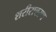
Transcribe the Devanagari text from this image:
शरीरावरण